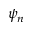
\psi _ { n }